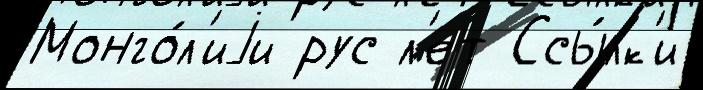
Монго́л'иjи рус л'ет Ссы́лк'и